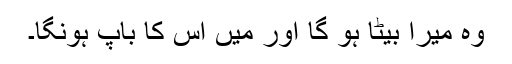
وہ میرا بیٹا ہو گا اور میں اُس کا باپ ہونگا۔